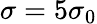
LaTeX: \sigma=5\sigma_{0}